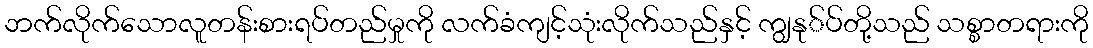
ဘက်လိုက်သောလူတန်းစားရပ်တည်မှုကို လက်ခံကျင့်သုံးလိုက်သည်နှင့် ကျွနု်ပ်တို့သည် သစ္စာတရားကို